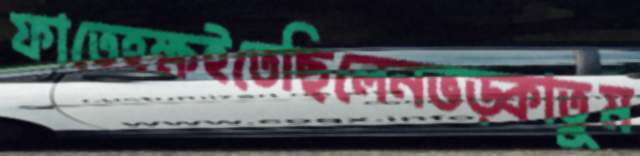
ফাতেহক্ষইতেছিলেনভড়্‌কাতুম